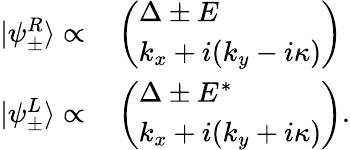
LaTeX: \begin{array}{rl}{|\psi_{\pm}^{R}\rangle\propto}&{{}\left(\begin{array}{l}{\Delta\pm E}\\ {k_{x}+i(k_{y}-i\kappa)}\end{array}\right)}\\ {|\psi_{\pm}^{L}\rangle\propto}&{{}\left(\begin{array}{l}{\Delta\pm E^{*}}\\ {k_{x}+i(k_{y}+i\kappa)}\end{array}\right).}\end{array}